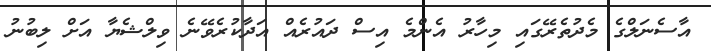
އާސެނަލްގެ މެދުތެރޭގައި މިހާރު އެންމެ އިސް ދައުރެއް އަދާކުރެވޭނެ ވިލްޝެޔާ އަށް ލިބުނު